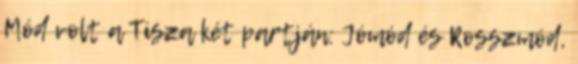
Mód volt a Tisza két partján: Jómód és Rosszmód,